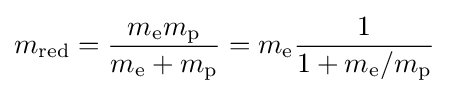
m_{\text{red}}={\frac {m_{\mathrm {e} }m_{\mathrm {p} }}{m_{\mathrm {e} }+m_{\mathrm {p} }}}=m_{\mathrm {e} }{\frac {1}{1+m_{\mathrm {e} }/m_{\mathrm {p} }}}